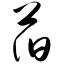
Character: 萏